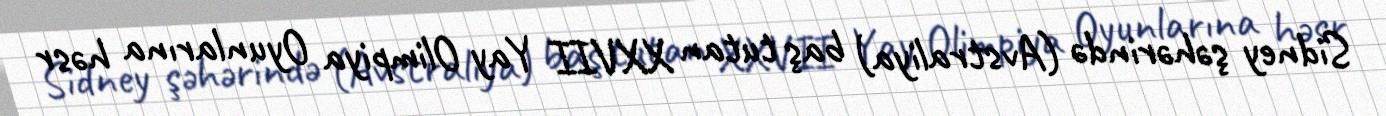
Sidney şəhərində (Avstraliya) baş tutan XXVII Yay Olimpiya Oyunlarına həsr